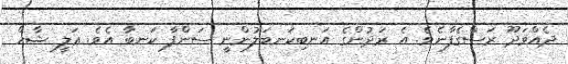
ދެއްވަދޫ ރަސްގެފާނެވެ. އެ ރަދުންގެ އަނބިކަނބަލުންނީ ސަންފާ ކަނބާ އެވެ. ޢަލީ ޝާހް